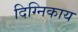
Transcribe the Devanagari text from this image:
दिग्निकाय